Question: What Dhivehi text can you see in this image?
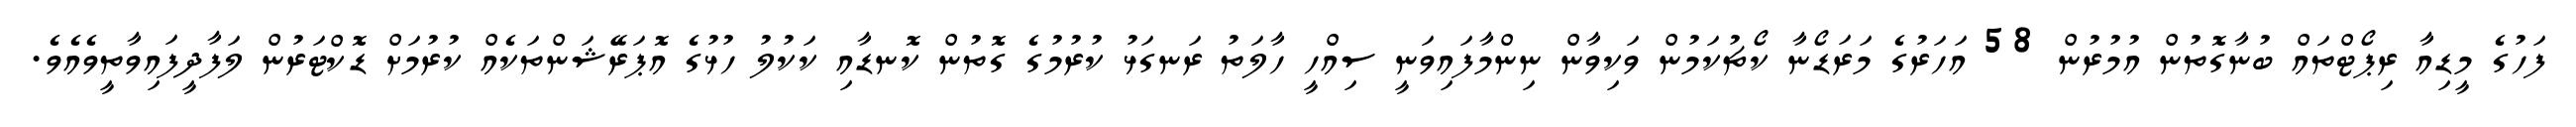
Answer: ފަހުގެ މީޑިއާ ރިޕޯޓްތައް ބުނާގޮތުން އުމުރުން 58 އަހަރުގެ މަރަޑޯނާ ކޯޗުކަމުން ވަކިވާން ނިންމާފައިވަނީ ސިއްހީ ހާލަތު ރަނގަޅު ކުރުމުގެ ގޮތުން ކޮނޑާއި ކަކުލު ހުޅުގެ އޮޕަރޭޝަންތަކެއް ކުރުމަށް ޑޮކްޓަރުން ލަފާދީފައިވާތީވެއެވެ.